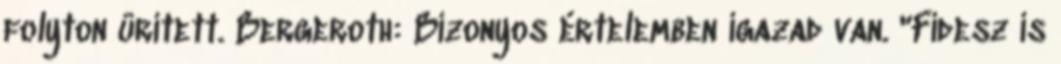
folyton ürített. Bergeroth: Bizonyos értelemben igazad van. "Fidesz is